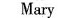
Mary